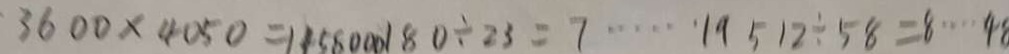
3 6 0 0 \times 4 0 5 0 = 1 4 5 8 0 0 0 1 8 0 \div 2 3 = 7 \cdots 1 9 5 1 2 \div 5 8 = 8 \cdots 4 1